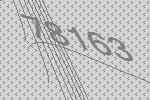
78163